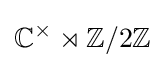
\mathbb {C} ^{\times }\rtimes \mathbb {Z} /2\mathbb {Z}